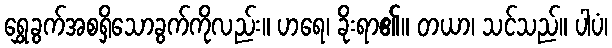
ရွှေခွက်အစရှိသောခွက်ကိုလည်း။ ဟရေ၊ ခိုးရာ၏။ တယာ၊ သင်သည်။ ပါပံ၊